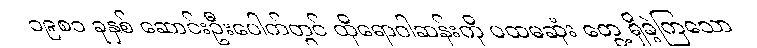
၁၉၈၁ ခုနှစ် ဆောင်းဦးပေါက်တွင် ထိုရောဂါဆန်းကို ပထမဆုံး တွေ့ ရှိခဲ့ကြသော